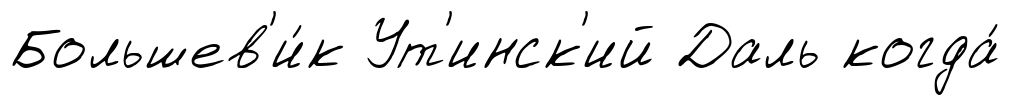
Большев'и́к Ут'инск'ий Даль когда́